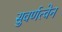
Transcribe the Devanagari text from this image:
सुवर्णत्वेन